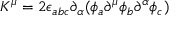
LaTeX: K ^ { \mu } = 2 \epsilon _ { a b c } \partial _ { \alpha } ( \phi _ { a } \partial ^ { \mu } \phi _ { b } \partial ^ { \alpha } \phi _ { c } )